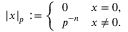
| x | _ { p } : = { \left\{ \begin{array} { l l } { 0 } & { x = 0 , } \\ { p ^ { - n } } & { x \neq 0 . } \end{array} \right. }